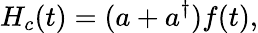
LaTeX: H_{c}(t)=(a+a^{\dagger})f(t),